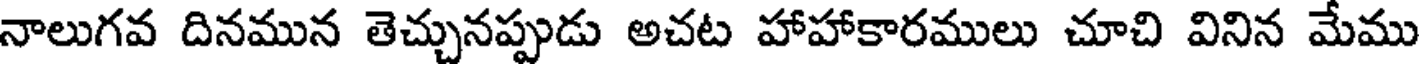
నాలుగవ దినమున తెచ్చునప్పుడు అచట హాహాకారములు చూచి వినిన మేము